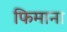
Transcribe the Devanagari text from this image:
फिमाना